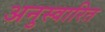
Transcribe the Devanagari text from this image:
अनुस्वारित